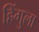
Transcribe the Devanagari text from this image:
हिंगुला